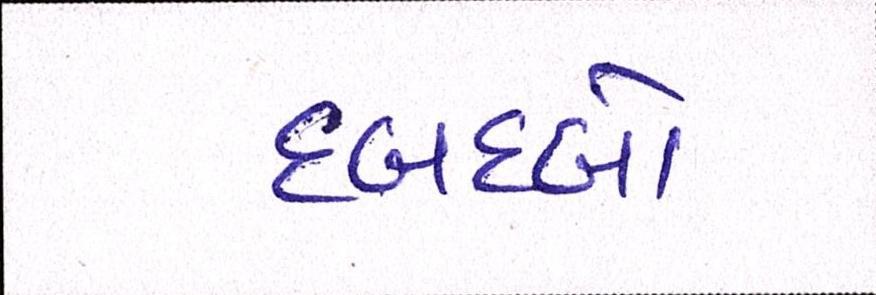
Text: દબદબો